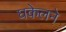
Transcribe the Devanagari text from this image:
घकेलने